Leaving Certificate Examination, 1919
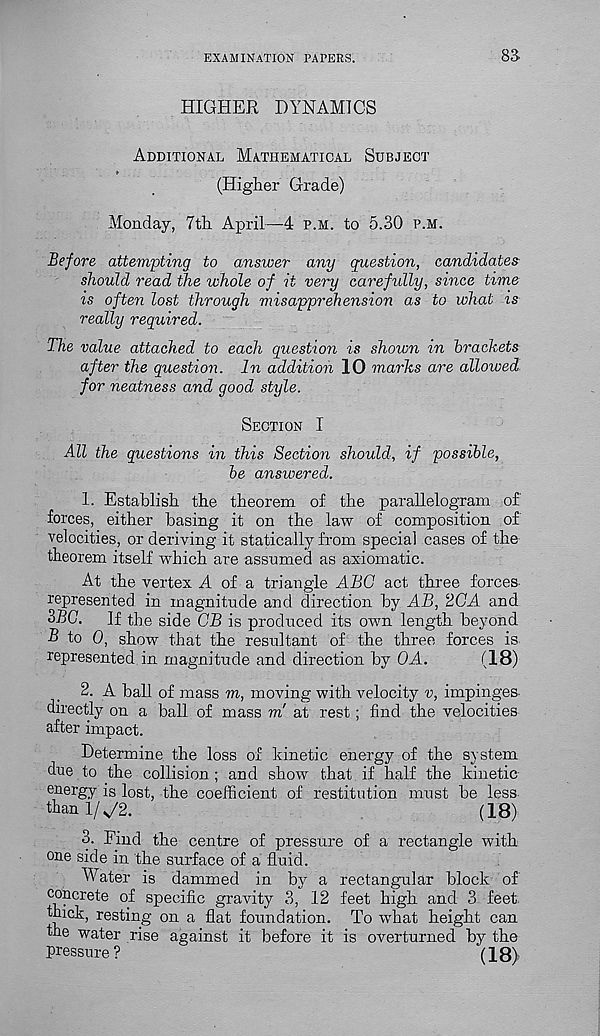
examination papers.
sa
HIGHER DYNAMICS
Additional Mathematical Subject
(Higher Grade)
Monday, 7th April—4 p.m. to 5.30 p.m.
Before attempting to answer any question, candidates
should read the whole of it very carefully, since time
is often lost through misapprehension as to what is
really required.
The value attached to each question is shown in brackets
after the question. In addition 10 marks are allowed
for neatness and good style.
Section I
All the questions in this Section should, if possible,
be answered.
1. Establish the theorem of the parallelogram of
forces, either basing it on the law of composition of
velocities, or deriving it statically from special cases of the
theorem itself which are assumed as axiomatic.
At the vertex A of a triangle ABC act three forces
represented in magnitude and direction by AB, 2CA and
SBC.
If the side GB is produced its own length beyond
B to 0, show that the resultant of the three forces is
represented in magnitude and direction by OA.
(18)
2. A ball of mass m, moving with velocity v, impinges-
directly on a ball of mass m at rest ; find the velocities
after impact.
Determine the loss of kinetic energy of the system
due to the collision ; and show that if half the kinetic-
energy is lost, the coefficient of restitution must be less
than 1/^2.
(18)
3. Find the centre of pressure of a rectangle with
one side in the surface of a fluid.
Water is dammed in by a rectangular block of
concrete of specific gravity 3, 12 feet high and 3 feet
thick, resting on a flat foundation. To what height can
the water rise against it before it is overturned by the
pressure ?
(18)